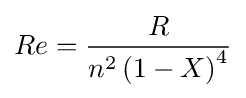
Re={\frac {R}{n^{2}\left(1-X\right)^{4}}}